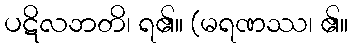
ပဋိလဘတိ၊ ရ၏။ (မရဏဿ၊ ၏။